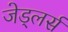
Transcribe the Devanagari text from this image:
जेड्लर्स